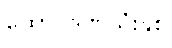
ထောင်ဒဏ်သုံးနှစ်